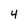
Character: 4